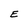
Character: E